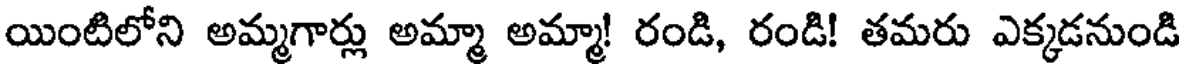
యింటిలోని అమ్మగార్లు అమ్మా అమ్మా! రండి, రండి! తమరు ఎక్కడనుండి